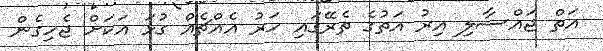
އަތް ޖައްސާލި އިރު އަތުގެ ތެރޭގައި ހަރު އެއްޗެއް ގުޅަ އަކަށް ޖެހިގެން